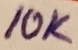
Text: 10K